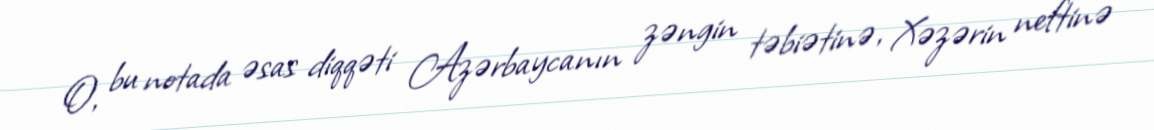
O, bu notada əsas diqqəti Azərbaycanın zəngin təbiətinə, Xəzərin neftinə